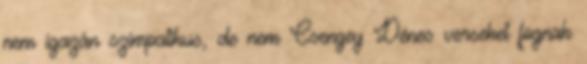
nem igazán szimpatikus, de nem Csengey Dénes verseket fognak